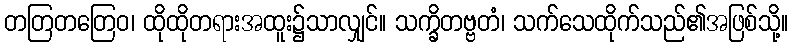
တတြတတြေဝ၊ ထိုထိုတရားအထူး၌သာလျှင်။ သက္ခိတဗ္ဗတံ၊ သက်သေထိုက်သည်၏အဖြစ်သို့။